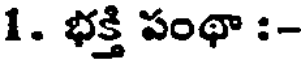
1. భక్తి పంథా :-